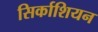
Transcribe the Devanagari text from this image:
सिर्काशियन